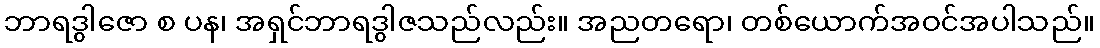
ဘာရဒွါဇော စ ပန၊ အရှင်ဘာရဒွါဇသည်လည်း။ အညတရော၊ တစ်ယောက်အဝင်အပါသည်။